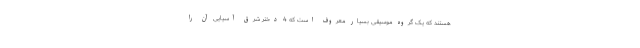
هستند که یک گروه موسیقی بسیار معروف است که 4 دختر شرق آسیایی آن را